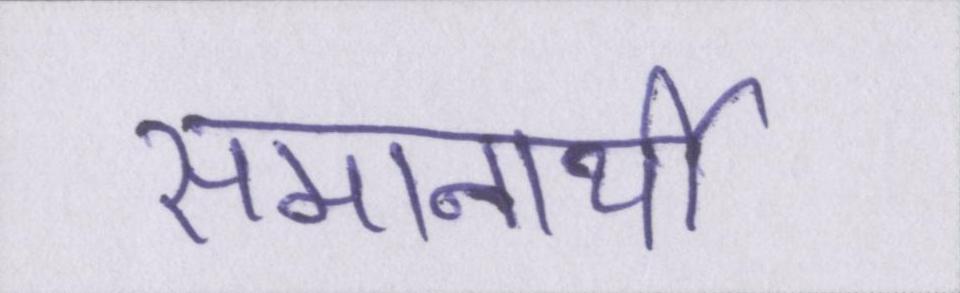
समानार्थी